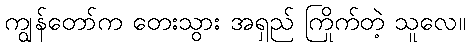
ကျွန်တော်က တေးသွား အရှည် ကြိုက်တဲ့ သူလေ။